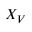
X _ { V }